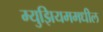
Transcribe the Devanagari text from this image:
म्युझियममधील